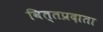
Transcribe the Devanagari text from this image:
वित्तप्रदाता